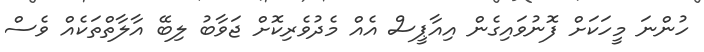
ހުންނަ މީހަކަށް ފޮނުވައިގެން އިއާޕީސް އެއް މެދުވެރިކޮށް ޖަވާބު ލިބޭ އާލާތްތަކެއް ވެސް